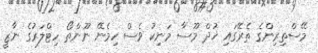
މޭސްތިރިންގެ ތެރޭގައި ޚުދް މޫސާ މަނިކު ވެސް ހިމެނޭ ނޫންތޯ ހިޓްލަރުގެ ނާޒީ